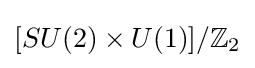
[SU(2)\times U(1)]/\mathbb {Z} _{2}